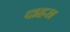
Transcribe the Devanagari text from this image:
दाहरा